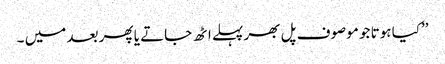
’’کیا ہوتا جو موصوف پل بھر پہلے اٹھ جاتے یا پھر بعد میں ۔